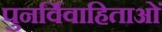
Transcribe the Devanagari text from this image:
पुनर्विवाहिताओं